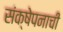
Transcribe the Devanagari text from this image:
संक्षेपनाची